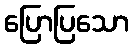
ပြောပြသော